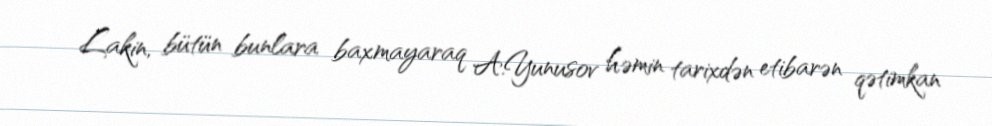
Lakin, bütün bunlara baxmayaraq A.Yunusov həmin tarixdən etibarən qətimkan